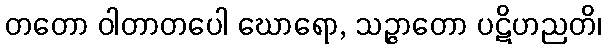
တတော ဝါတာတပေါ ဃောရော, သဉ္ဇာတော ပဋိဟညတိ၊